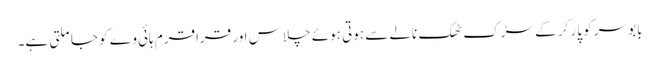
بابوسر کو پار کر کے سڑک ٹھک نالے سے ہوتی ہوئے چلاس اور قراقرم ہائی وے کو جا ملتی ہے۔